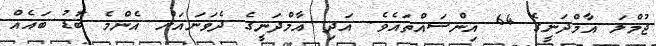
ޖުމްލަ އާމްދަނީގެ 64 އިންސައްތައެވެ. އަދި އާމްދަނީގެ ދެވަނައަށް އެންމެ ބޮޑު ބައެއް